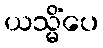
ယသ္မိံပေ